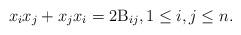
LaTeX: \begin{align*}x_ix_j+x_jx_i=2\mathrm{B}_{ij},1\leq i,j\leq n.\end{align*}